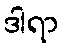
ဒါရာ